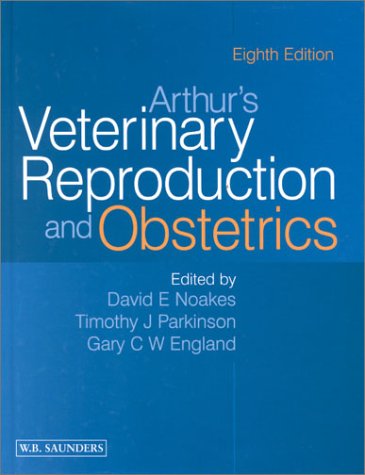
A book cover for Arthur's Veterinary Reproduction and Obstetrics, 8e; Geoffrey H. Arthur DVSc  FRCVS; Medical Books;